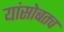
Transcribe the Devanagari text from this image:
यांसोबतच